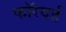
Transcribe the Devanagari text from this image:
फाॅरवर्ड